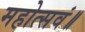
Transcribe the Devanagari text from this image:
महोत्सवं॥